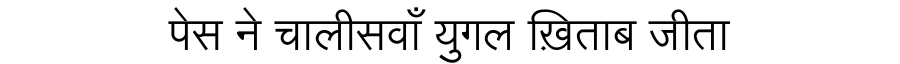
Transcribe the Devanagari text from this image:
पेस ने चालीसवाँ युगल ख़िताब जीता